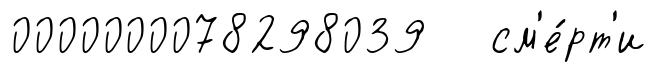
0000000078298039 см'е́рт'и